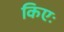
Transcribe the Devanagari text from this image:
किएः